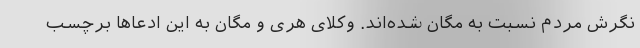
نگرش مردم نسبت به مگان شده‌اند. وکلای هری و مگان به این ادعا‌ها برچسب